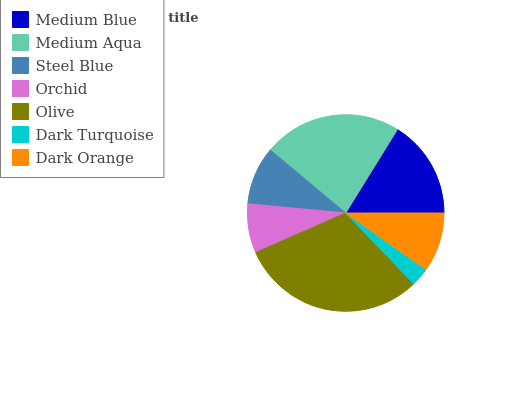
| Medium Blue | Medium Aqua | Steel Blue | Orchid | Olive | Dark Turquoise | Dark Orange |
 | --- | --- | --- | --- | --- | --- | --- |
 | 16.2% | 22.7% | 9.59% | 8.08% | 30.5% | 3.04% | 9.77% |